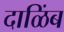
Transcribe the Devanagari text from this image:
दाळिंब